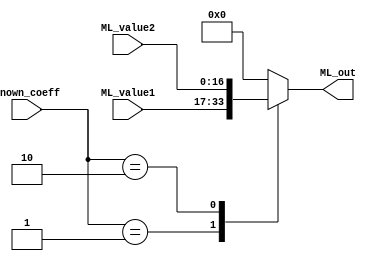
`timescale 1ns / 1ps
//////////////////////////////////////////////////////////////////////////////////
// Company: 
// Engineer: 
// 
// Design Name: 
// Module Name:    ML_tap 
// Project Name: 
// Target Devices: 
// Tool versions: 
// Description: 
//
// Dependencies: 
//
// Revision: 
// Revision 0.01 - File Created
// Additional Comments: 
//
//////////////////////////////////////////////////////////////////////////////////
module ML_tap #(parameter WIDTH =17)(
   input 	 	[WIDTH-1:0] ML_value1, ML_value2,	
	input			[ 1:0] known_coeff,
	output reg 	[WIDTH-1:0] ML_out
    );
	 
always @(*) begin
	case (known_coeff)
		2'b00:	ML_out = 0;					
		2'b01: 	ML_out = ML_value1;			// * 0.5							
		2'b10: 	ML_out = ML_value2;			// * 1						
		default: ML_out = 0;								
	endcase	
end

endmodule